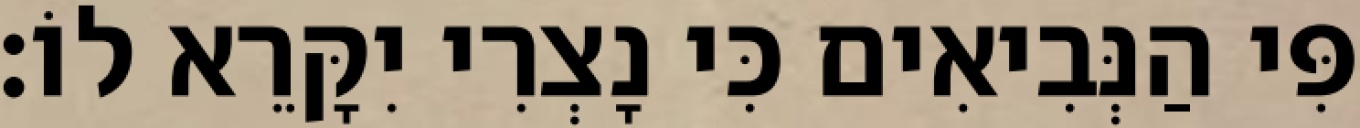
פִּי הַנְּבִיאִים כִּי נָצְרִי יִקָּרֵא לוֹ׃